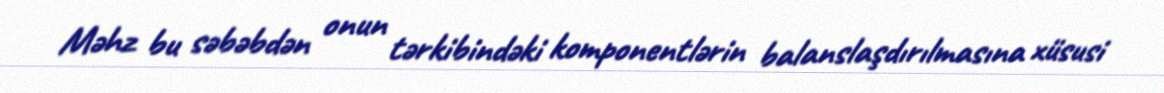
Məhz bu səbəbdən onun tərkibindəki komponentlərin balanslaşdırılmasına xüsusi